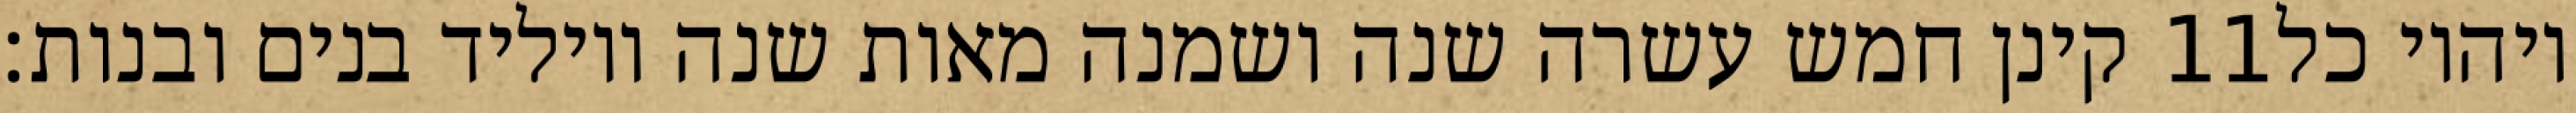
קינן חמש עשרה שנה ושמנה מאות שנה ויוליד בנים ובנות׃ ‎11‏ ויהיו כל